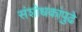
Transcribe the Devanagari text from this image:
संशोधकांपुढे